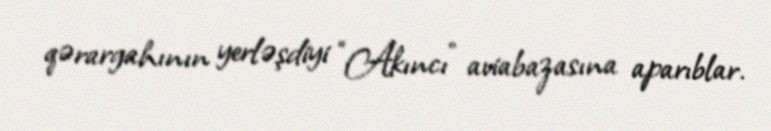
qərargahının yerləşdiyi “Akıncı” aviabazasına aparıblar.